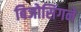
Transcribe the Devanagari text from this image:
बिजोसिंगने